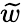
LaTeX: \widetilde{w}